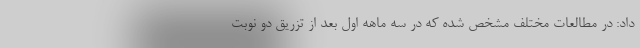
داد: در مطالعات مختلف مشخص شده که در سه ماهه اول بعد از تزریق دو نوبت